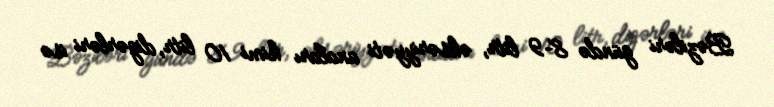
Bəziləri gündə 8–9 litr, əksəriyyəti anaları kimi 10 litr, digərləri isə